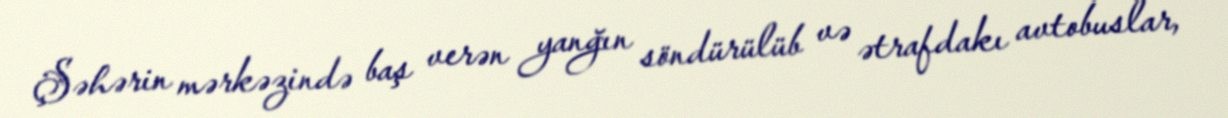
Şəhərin mərkəzində baş verən yanğın söndürülüb və ətrafdakı avtobuslar,